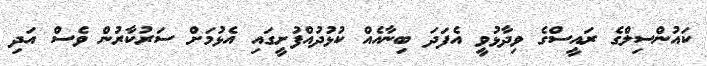
ކައުންސިލްގެ ރައީސްގެ ވިދާޅުވީ އެފަދަ ބިނާއެއް ކުޅުދުއްފުށީގައި އެޅުމަށް ސަރުކާރުން ވެސް އަދި